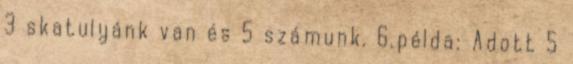
3 skatulyánk van és 5 számunk. 6.példa: Adott 5